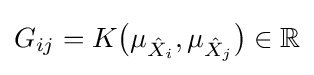
G_{ij}=K{\big (}\mu _{{\hat {X}}_{i}},\mu _{{\hat {X}}_{j}}{\big )}\in \mathbb {R}